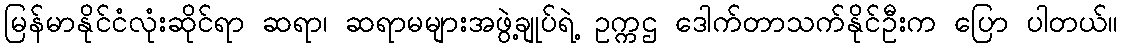
မြန်မာနိုင်ငံလုံးဆိုင်ရာ ဆရာ၊ ဆရာမများအဖွဲ့ချုပ်ရဲ့ ဥက္ကဌ ဒေါက်တာသက်နိုင်ဦးက ပြော ပါတယ်။